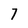
Character: 7